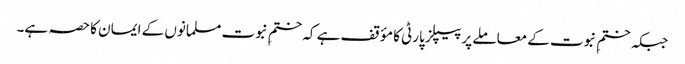
جبکہ ختمِ نبوت کے معاملے پر پیپلز پارٹی کا مؤقف ہے کہ ختمِ نبوت مسلمانوں کے ایمان کا حصہ ہے۔